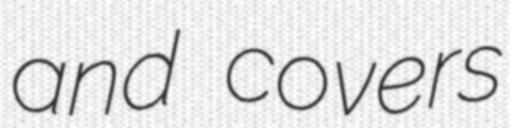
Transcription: and covers